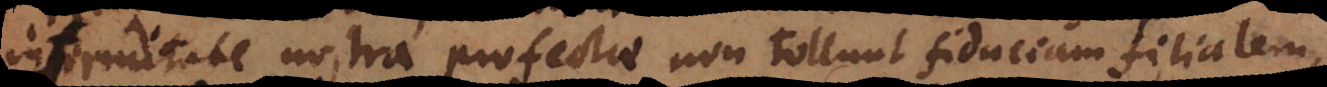
infirmitate nostra profectae, non tollunt fiduciam filialem,